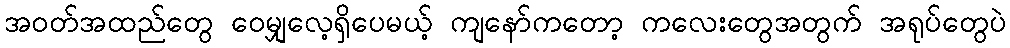
အဝတ်အထည်တွေ ဝေမျှလေ့ရှိပေမယ့် ကျနော်ကတော့ ကလေးတွေအတွက် အရုပ်တွေပဲ